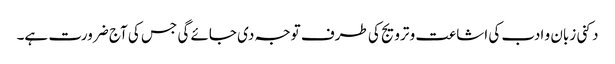
دکنی زبان و ادب کی اشاعت و ترویج کی طرف توجہ دی جائے گی جس کی آج ضرورت ہے۔